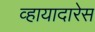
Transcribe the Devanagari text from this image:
व्हायादारेस